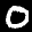
Digit: 0